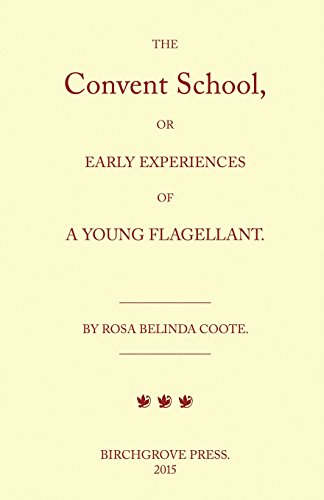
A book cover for The Convent School, or Early Experiences of a Young Flagellant. By Rosa Belinda Coote.; William Lazenby; Romance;